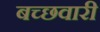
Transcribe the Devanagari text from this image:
बच्छवारी